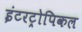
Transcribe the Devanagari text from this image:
इंटरट्रोपिकल